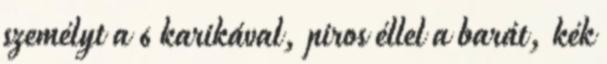
személyt a 6 karikával, piros éllel a barát, kék